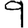
Digit: 9